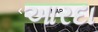
આરદા